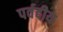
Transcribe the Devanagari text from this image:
पर्वदीय